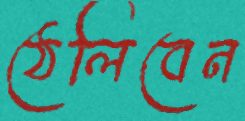
ঠেলিবেন